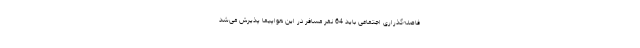
فاصله‌گذراری اجتماعی باید 64 نفر مسافر در این هواپیما پذیرش می‌شد